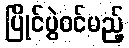
ပြိုင်ပွဲဝင်မည့်